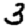
Digit: 3